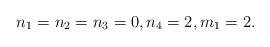
LaTeX: \begin{align*}n_1 = n_2=n_3=0, n_4 = 2, m_1 = 2. \end{align*}